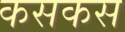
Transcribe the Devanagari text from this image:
कसकस